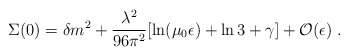
\begin{align*}\Sigma(0) = \delta m^2 + \frac {\lambda^2} {96 \pi^2} [ \ln (\mu_0 \epsilon)+\ln 3 + \gamma] + {\cal O}(\epsilon) \; .\end{align*}